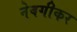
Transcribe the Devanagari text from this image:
नेवगीकर